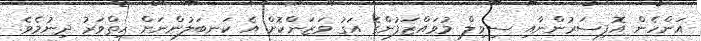
އަންހެން އޮފިސަރުންނާއި ސިވިލް މުވައްޒަފުންގެ އަގު ވަޒަންކޮށް އެ ކަނބަލުންނަށް ހިތްވަރު ދިނުމެވެ.